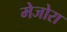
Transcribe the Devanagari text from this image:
मेजोरा